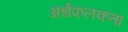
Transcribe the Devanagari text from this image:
अर्धफलकता